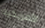
الأمريكيه